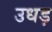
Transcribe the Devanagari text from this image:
उधड़